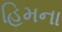
હિમના